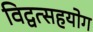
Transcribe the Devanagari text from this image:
विद्वत्सहयोग